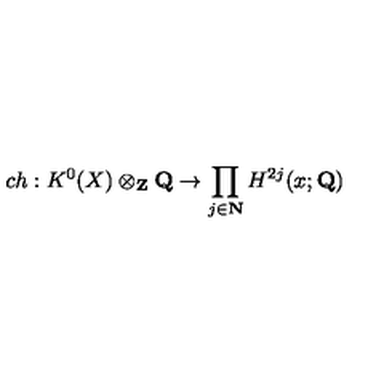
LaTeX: c h : K ^ { 0 } ( X ) \otimes _ { \bf Z } { \bf Q } \to \prod _ { j \in { \bf N } } H ^ { 2 j } ( x ; { \bf Q } )